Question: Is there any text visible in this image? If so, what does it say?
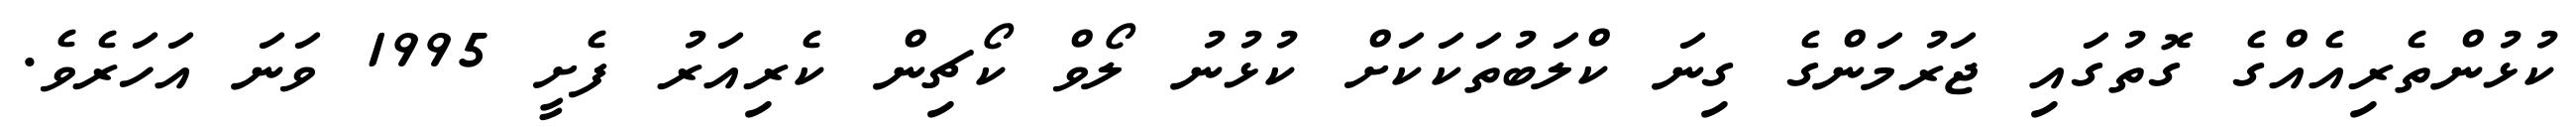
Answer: ކުޅުންތެރިއެއްގެ ގޮތުގައި ޖަރުމަންގެ ގިނަ ކްލަބުތަކަކަށް ކުޅުނު ލޯވް ކޯޗިން ކެރިއަރު ފެށީ 1995 ވަނަ އަހަރެވެ.